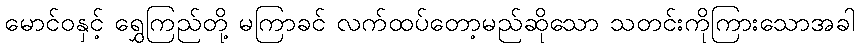
မောင်ဝနှင့် ရွှေကြည်တို့ မကြာခင် လက်ထပ်တော့မည်ဆိုသော သတင်းကိုကြားသောအခါ